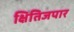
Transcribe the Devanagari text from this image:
क्षितिजपार